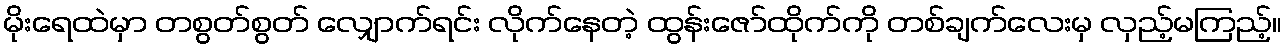
မိုးရေထဲမှာ တစွတ်စွတ် လျှောက်ရင်း လိုက်နေတဲ့ ထွန်းဇော်ထိုက်ကို တစ်ချက်လေးမှ လှည့်မကြည့်။